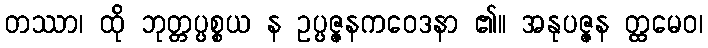
တဿာ၊ ထို ဘုတ္တပ္ပစ္စယ န ဥပ္ပဇ္ဇနကဝေဒနာ ၏။ အနုပဇ္ဇန တ္ထမေဝ၊